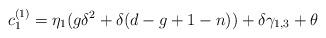
LaTeX: \begin{align*}c^{(1)}_1 = \eta_1 (g\delta^2+\delta(d-g+1-n))+\delta \gamma_{1,3} + \theta\end{align*}